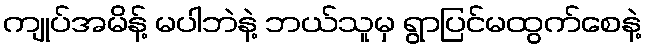
ကျုပ်အမိန့် မပါဘဲနဲ့ ဘယ်သူမှ ရွာပြင်မထွက်စေနဲ့